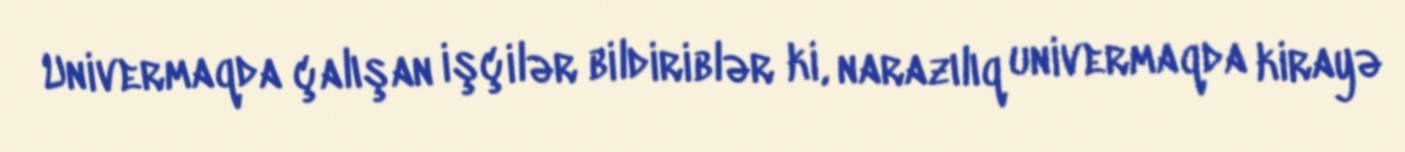
Univermaqda çalışan işçilər bildiriblər ki, narazılıq univermaqda kirayə